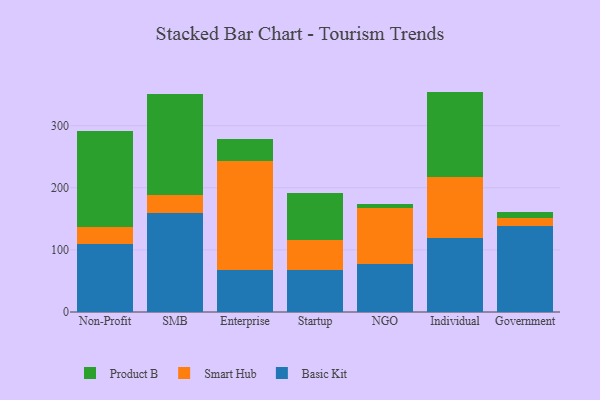
{"axis": {"x": "Segment", "y": "Headcount"}, "legend": ["Basic Kit", "Product B", "Smart Hub"], "data": [{"x": "Non-Profit", "y": 109.5, "type": "Basic Kit"}, {"x": "Non-Profit", "y": 28.1, "type": "Smart Hub"}, {"x": "Non-Profit", "y": 153.9, "type": "Product B"}, {"x": "SMB", "y": 159.8, "type": "Basic Kit"}, {"x": "SMB", "y": 28.1, "type": "Smart Hub"}, {"x": "SMB", "y": 163.3, "type": "Product B"}, {"x": "Enterprise", "y": 67.9, "type": "Basic Kit"}, {"x": "Enterprise", "y": 175.7, "type": "Smart Hub"}, {"x": "Enterprise", "y": 35.7, "type": "Product B"}, {"x": "Startup", "y": 67.3, "type": "Basic Kit"}, {"x": "Startup", "y": 48.2, "type": "Smart Hub"}, {"x": "Startup", "y": 75.5, "type": "Product B"}, {"x": "NGO", "y": 76.8, "type": "Basic Kit"}, {"x": "NGO", "y": 90.0, "type": "Smart Hub"}, {"x": "NGO", "y": 7.4, "type": "Product B"}, {"x": "Individual", "y": 119.6, "type": "Basic Kit"}, {"x": "Individual", "y": 97.0, "type": "Smart Hub"}, {"x": "Individual", "y": 138.3, "type": "Product B"}, {"x": "Government", "y": 138.2, "type": "Basic Kit"}, {"x": "Government", "y": 13.0, "type": "Smart Hub"}, {"x": "Government", "y": 10.3, "type": "Product B"}]}